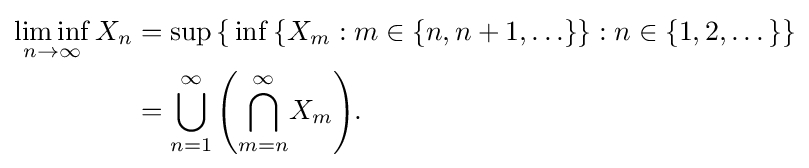
{\begin{aligned}\liminf _{n\to \infty }X_{n}&=\sup \,\{\,\inf \,\{X_{m}:m\in \{n,n+1,\ldots \}\}:n\in \{1,2,\dots \}\}\\&=\bigcup _{n=1}^{\infty }\left({\bigcap _{m=n}^{\infty }}X_{m}\right)\!.\end{aligned}}